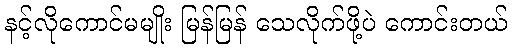
နင့်လိုကောင်မမျိုး မြန်မြန် သေလိုက်ဖို့ပဲ ကောင်းတယ်